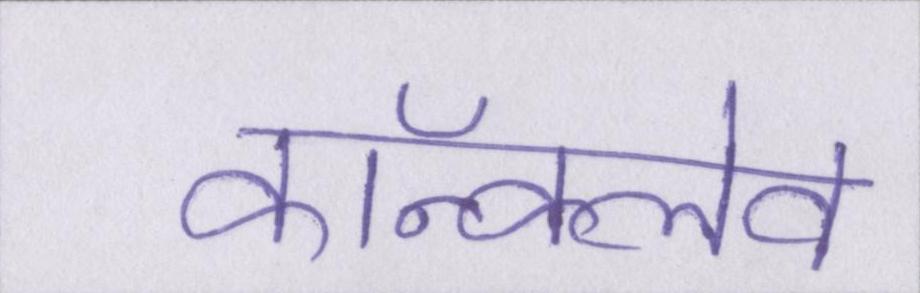
कॉन्क्लेव